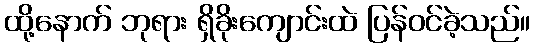
ထို့နောက် ဘုရား ရှိခိုးကျောင်းထဲ ပြန်ဝင်ခဲ့သည်။